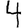
Digit: 4